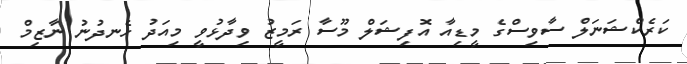
ކަރެކްޝަނަލް ސާވިސްގެ މީޑިއާ އޮފިޝަލް މޫސާ ރަމީޒު ވިދާޅުވީ މިއަދު ހެނދުނު ނާޒިމް